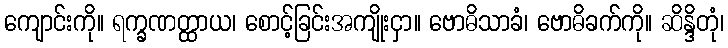
ကျောင်းကို။ ရက္ခဏတ္ထာယ၊ စောင့်ခြင်းအကျိုးငှာ။ ဗောဓိသာခံ၊ ဗောဓိခက်ကို။ ဆိန္ဒိတုံ၊